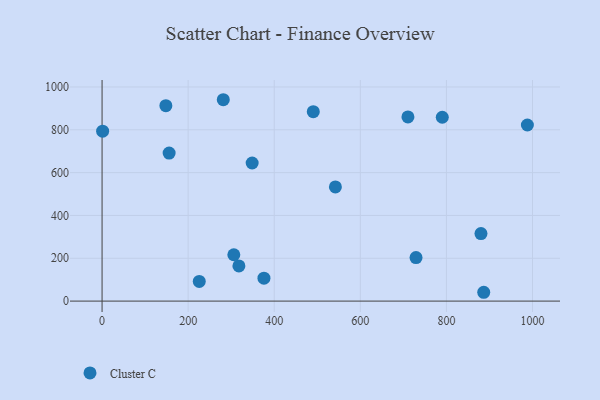
{"axis": {"x": "Engine Size", "y": "Yield"}, "legend": ["Cluster C"], "data": [{"x": "348.7", "y": 645.0, "type": "Cluster C"}, {"x": "710.6", "y": 860.0, "type": "Cluster C"}, {"x": "880.3", "y": 315.5, "type": "Cluster C"}, {"x": "490.7", "y": 884.4, "type": "Cluster C"}, {"x": "886.7", "y": 41.2, "type": "Cluster C"}, {"x": "281.6", "y": 940.4, "type": "Cluster C"}, {"x": "988.1", "y": 822.4, "type": "Cluster C"}, {"x": "317.9", "y": 164.4, "type": "Cluster C"}, {"x": "542.1", "y": 533.1, "type": "Cluster C"}, {"x": "729.4", "y": 203.2, "type": "Cluster C"}, {"x": "790.4", "y": 858.6, "type": "Cluster C"}, {"x": "155.8", "y": 691.4, "type": "Cluster C"}, {"x": "225.8", "y": 91.7, "type": "Cluster C"}, {"x": "148.2", "y": 912.6, "type": "Cluster C"}, {"x": "306.1", "y": 216.4, "type": "Cluster C"}, {"x": "1.3", "y": 793.4, "type": "Cluster C"}, {"x": "376.1", "y": 107.0, "type": "Cluster C"}]}